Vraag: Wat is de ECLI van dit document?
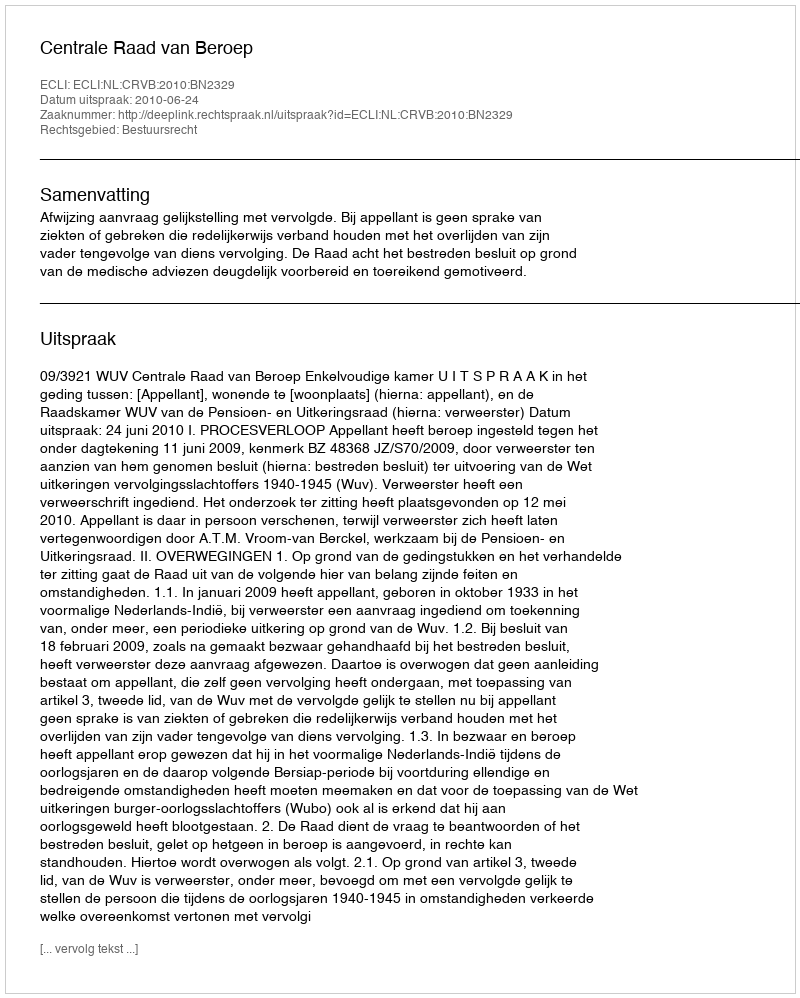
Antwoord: ECLI:NL:CRVB:2010:BN2329